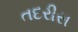
તદરીસ